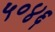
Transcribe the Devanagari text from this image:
५०४६